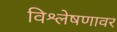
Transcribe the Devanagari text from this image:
विश्लेषणावर